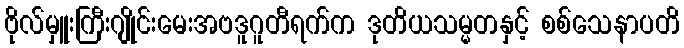
ဗိုလ်မှူးကြီးဂျိုင်းမေးအဗဒူဂူတီရက်က ဒုတိယသမ္မတနှင့် စစ်သေနာပတိ